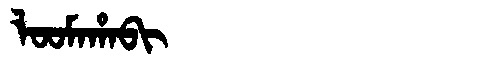
Manchu: ᠯᠣᠣᠮᠠᡥᠠᠪᡳ
Romanization: LOOMAHABI